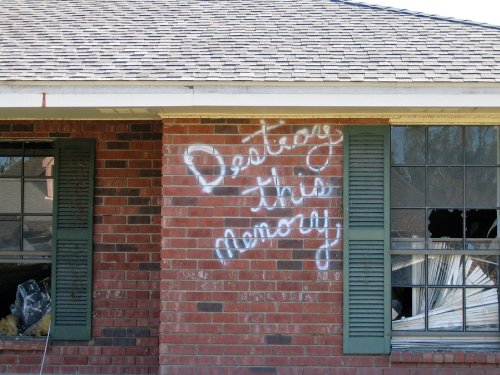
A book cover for Richard Misrach: Destroy This Memory; Arts & Photography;